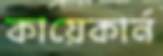
কায়েকার্ন